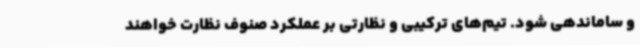
و ساماندهی شود. تیم‌های ترکیبی و نظارتی بر عملکرد صنوف نظارت خواهند